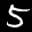
Label: 5